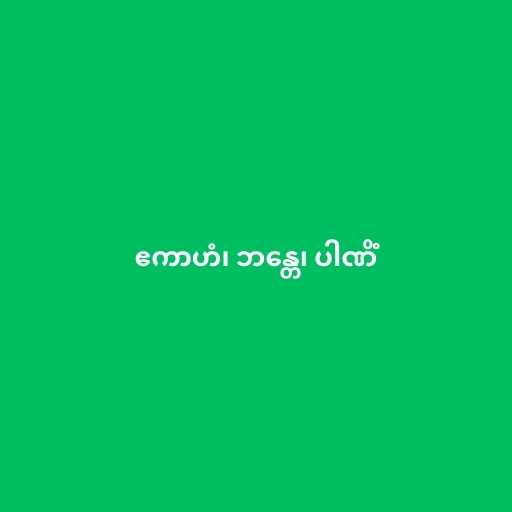
ဧကာဟံ၊ ဘန္တေ၊ ပါဏိံ